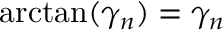
\arctan ( \gamma _ { n } ) = \gamma _ { n }